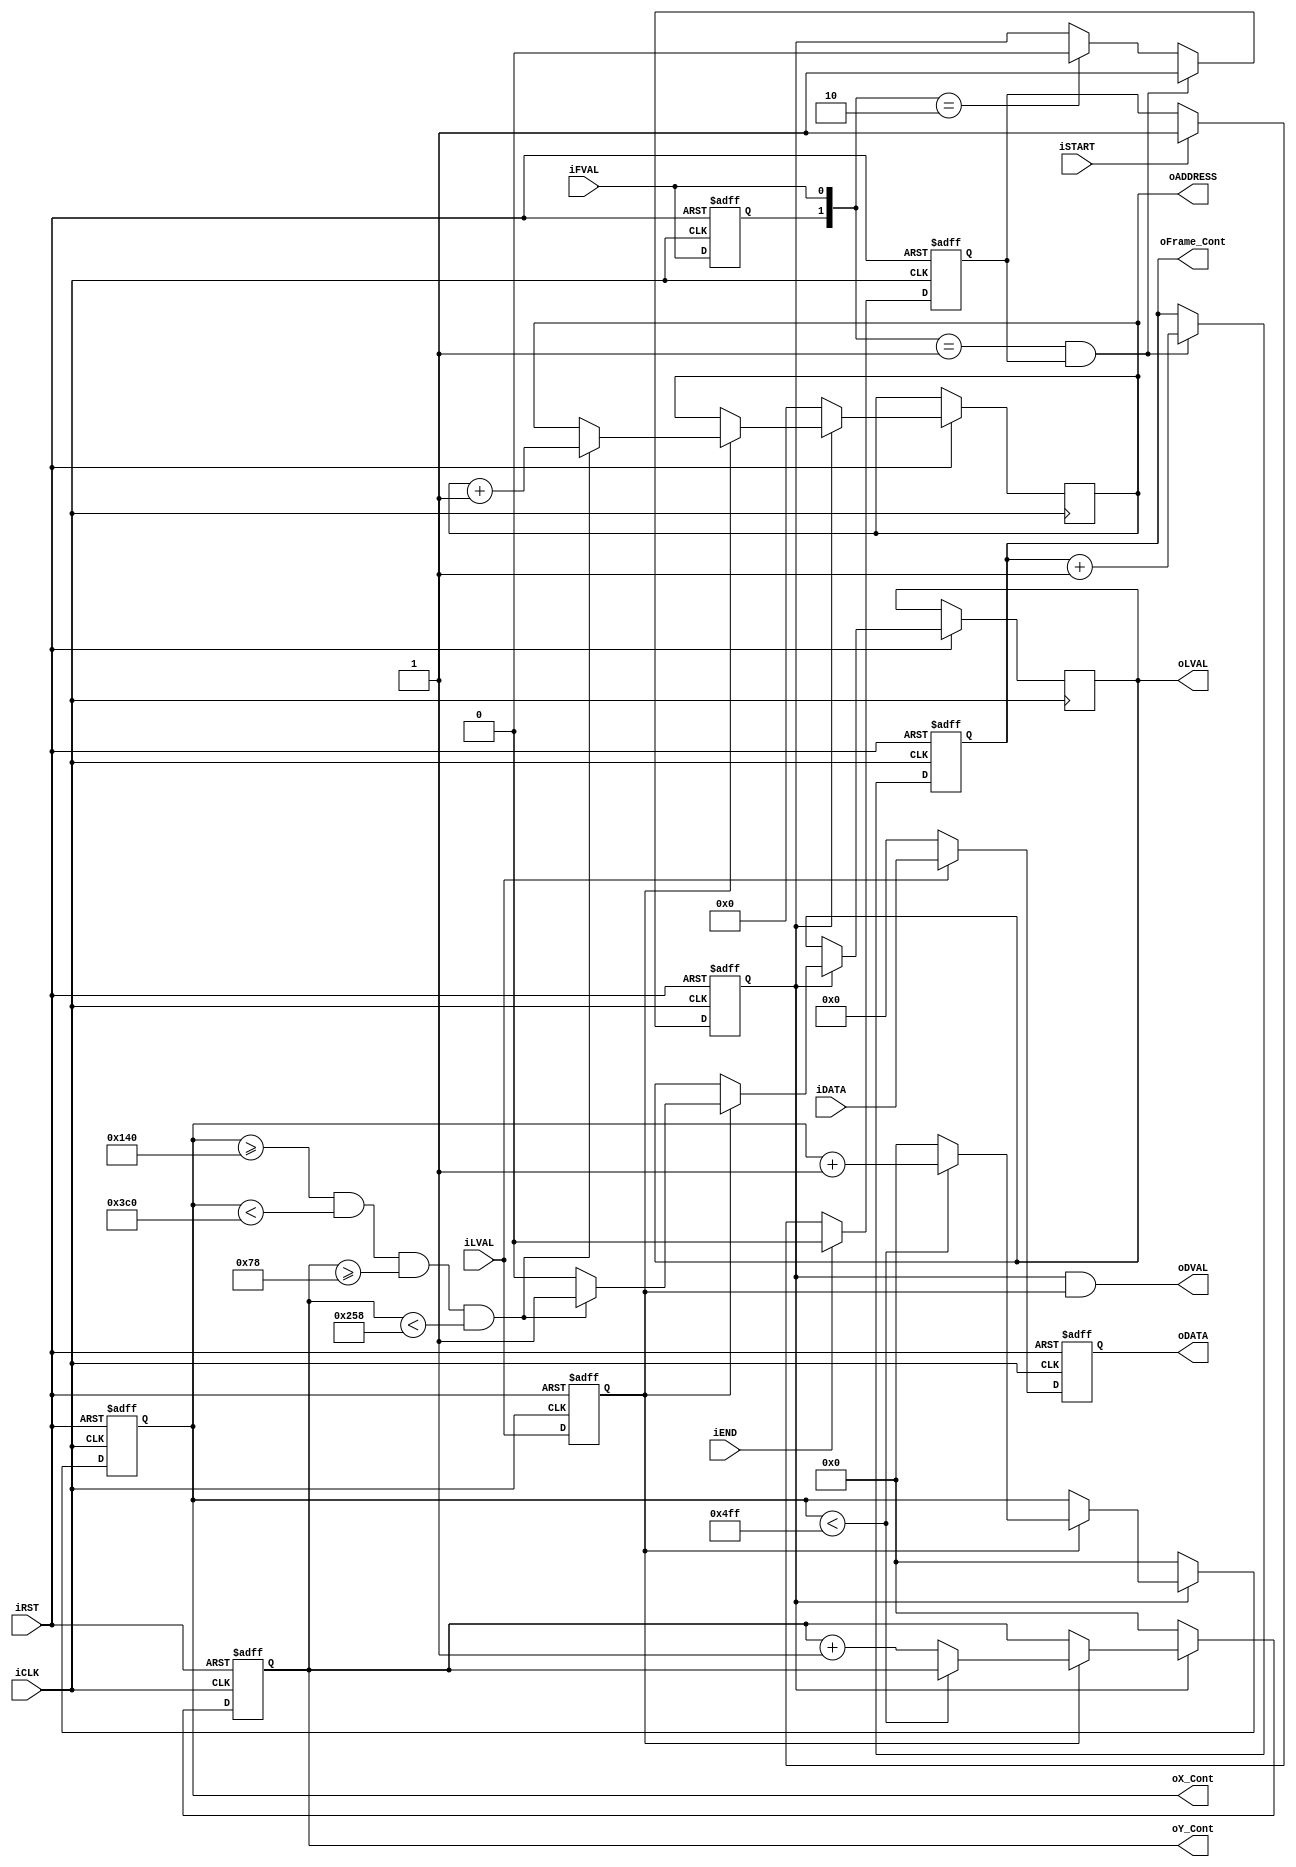
module CCD_Capture(	
					iDATA,
					iFVAL,
					iLVAL,
					iSTART,
					iEND,
					iCLK,
					iRST,
					oDATA,
					oDVAL,
					oX_Cont,
					oY_Cont,
					oFrame_Cont,
					oADDRESS,
					oLVAL
					);
					
input	[11:0]	iDATA;
input			iFVAL;
input			iLVAL;
input			iSTART;
input			iEND;
input			iCLK;
input			iRST;
output	[11:0]	oDATA;
output	[15:0]	oX_Cont;
output	[15:0]	oY_Cont;
output	[31:0]	oFrame_Cont;
output	[23:0]   oADDRESS;
output			oDVAL;
output         oLVAL;
reg             temp_oLVAL;
reg				Pre_FVAL;
reg				mCCD_FVAL;
reg				mCCD_LVAL;
reg		[11:0]	mCCD_DATA;
reg		[15:0]	X_Cont;
reg		[15:0]	Y_Cont;
reg		[31:0]	Frame_Cont;
reg      [23:0]   regADDRESS;
reg				   mSTART;

parameter COLUMN_WIDTH = 1280;

assign	oX_Cont		=	X_Cont;
assign	oY_Cont		=	Y_Cont;
assign	oFrame_Cont	=	Frame_Cont;
assign	oDATA		=	mCCD_DATA;
assign	oDVAL		=	mCCD_FVAL&mCCD_LVAL;
assign   oADDRESS = regADDRESS;
assign   oLVAL = temp_oLVAL;

always@(posedge iCLK or negedge iRST)
begin
	if(!iRST)
	mSTART	<=	0;
	else
	begin
		if(iSTART)
		mSTART	<=	1;
		if(iEND)
		mSTART	<=	0;		
	end
end

always@(posedge iCLK or negedge iRST)
begin
	if(!iRST)
	begin
		Pre_FVAL	<=	0;
		mCCD_FVAL	<=	0;
		mCCD_LVAL	<=	0;

		X_Cont		<=	0;
		Y_Cont		<=	0;
	end
	else
	begin
		Pre_FVAL	<=	iFVAL;
		if( ({Pre_FVAL,iFVAL}==2'b01) && mSTART )
		mCCD_FVAL	<=	1;
		else if({Pre_FVAL,iFVAL}==2'b10)
		mCCD_FVAL	<=	0;
		mCCD_LVAL	<=	iLVAL;
		if(mCCD_FVAL)
		begin
			if(mCCD_LVAL)
			begin
				if(X_Cont<(COLUMN_WIDTH-1))
				X_Cont	<=	X_Cont+1;
				else
				begin
					X_Cont	<=	0;
					Y_Cont	<=	Y_Cont+1;
				end
				if(X_Cont>=320 &&  X_Cont<960 && Y_Cont>=120 && Y_Cont<600)
				begin
				   temp_oLVAL <=1'b1;
				   regADDRESS <=regADDRESS+1;
				end
			   else 
				   temp_oLVAL <=1'b0;
			end
		end
		else
		begin
			X_Cont	<=	0;
			Y_Cont	<=	0;
			regADDRESS<=0;
		end
	end
end


//always@(posedge iCLK or negedge iRST)
//begin
//	if(!iRST)
//	regADDRESS	<=	0;
//	else
//	 begin
//	    if((X_Cont<640) && (Y_Cont<480))
//	    	regADDRESS	<=	regADDRESS+1;
//			else  if(Y_Cont==481)
//			 begin
//		      regADDRESS	<=	0;
//			  end;
//    end
//end



always@(posedge iCLK or negedge iRST)
begin
	if(!iRST)
	Frame_Cont	<=	0;
	else
	begin
		if( ({Pre_FVAL,iFVAL}==2'b01) && mSTART )
		Frame_Cont	<=	Frame_Cont+1;
	end
end


always@(posedge iCLK or negedge iRST)
begin
	if(!iRST)
		mCCD_DATA	<=	0;
	else if (iLVAL)
		mCCD_DATA	<=	iDATA;
	else
		mCCD_DATA	<=	0;	
end			

reg	ifval_dealy;

wire ifval_fedge;	
reg	[15:0]	y_cnt_d;


always@(posedge iCLK or negedge iRST)
begin
	if(!iRST)
		y_cnt_d	<=	0;
	else
		y_cnt_d	<=	Y_Cont;	
end


always@(posedge iCLK or negedge iRST)
begin
	if(!iRST)
		ifval_dealy	<=	0;
	else
		ifval_dealy	<=	iFVAL;	
end

assign ifval_fedge = ({ifval_dealy,iFVAL}==2'b10)?1:0;  


endmodule